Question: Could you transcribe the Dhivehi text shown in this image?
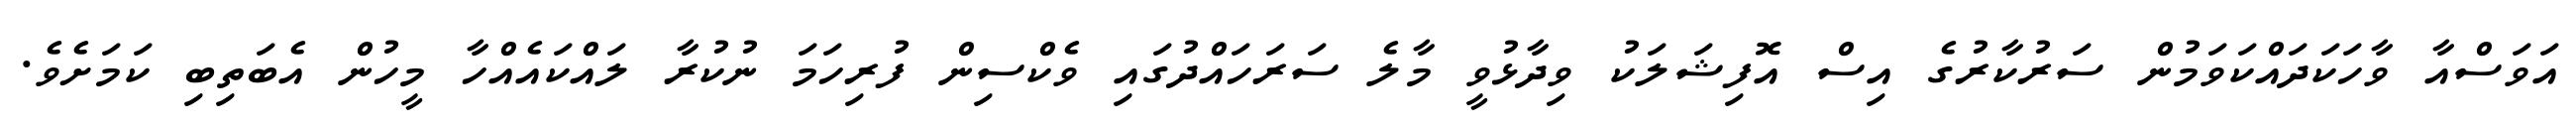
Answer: އަވަސްއާ ވާހަކަދައްކަވަމުން ސަރުކާރުގެ އިސް އޮފިޝަލަކު ވިދާޅުވީ މާލެ ސަރަހައްދުގައި ވެކްސިން ފުރިހަމަ ނުކުރާ ލައްކައެއްހާ މީހުން އެބަތިބި ކަމަށެވެ.